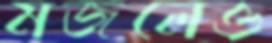
মজলেও